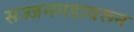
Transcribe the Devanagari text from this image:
सज्जनगडावरून